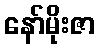
နော်မိုးဇာ